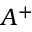
A ^ { + }